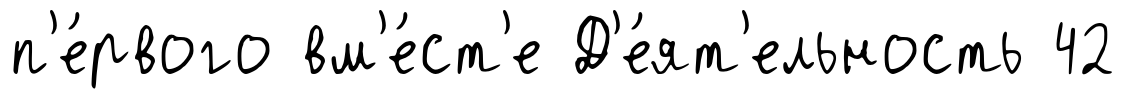
п'е́рвого вм'е́ст'е Д'е́ят'ельность 42